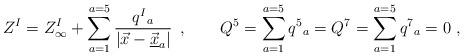
LaTeX: \begin{align*} Z^I = Z^I_\infty + \sum _{a= 1}^{a=5} {q^I{}_a \over |\vec x - \vec{\underline {x}}_{a}| }\, \ , \qquad Q^5= \sum _{a= 1}^{a=5} q^5{}_a=Q^7= \sum_{a= 1}^{a=5} q^7{}_a=0 \ ,\end{align*}